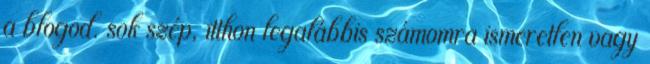
a blogod. sok szép, itthon legalábbis számomra ismeretlen vagy